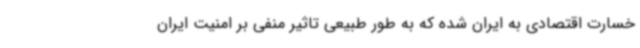
خسارت اقتصادی به ایران شده که به طور طبیعی تاثیر منفی بر امنیت ایران